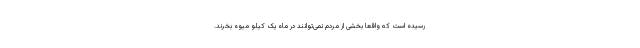
رسیده است که واقعا بخشی از مردم نمی‌توانند در ماه یک کیلو میوه بخرند.